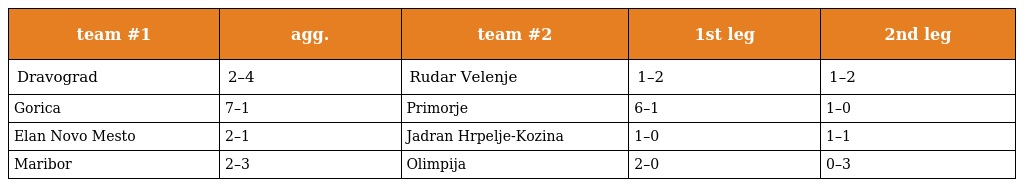
| team #1 | agg. | team #2 | 1st leg | 2nd leg |
 | --- | --- | --- | --- | --- |
 | Dravograd | 2–4 | Rudar Velenje | 1–2 | 1–2 |
 | Gorica | 7–1 | Primorje | 6–1 | 1–0 |
 | Elan Novo Mesto | 2–1 | Jadran Hrpelje-Kozina | 1–0 | 1–1 |
 | Maribor | 2–3 | Olimpija | 2–0 | 0–3 |